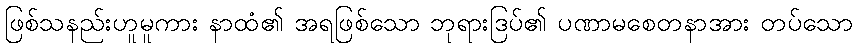
ဖြစ်သနည်းဟူမူကား နာထံ၏ အရဖြစ်သော ဘုရားဒြပ်၏ ပဏာမစေတနာအား တပ်သော